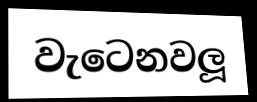
වැටෙනවලූ